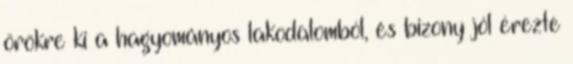
örökre ki a hagyományos lakodalomból, és bizony jól érezte